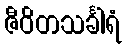
ဇီဝိတသင်္ခါရံ